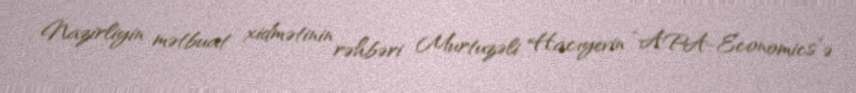
Nazirliyin mətbuat xidmətinin rəhbəri Murtuzəli Hacıyevin “APA-Economics”ə